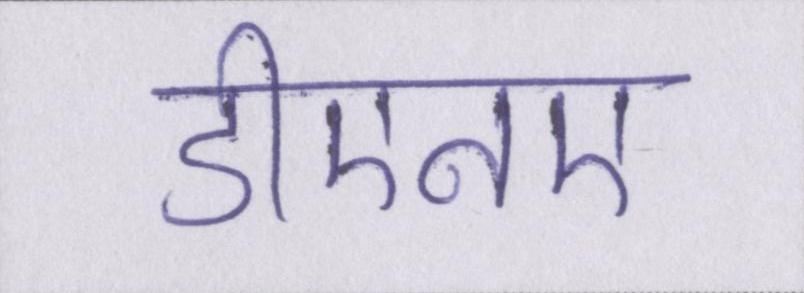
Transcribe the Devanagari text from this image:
डीएनए